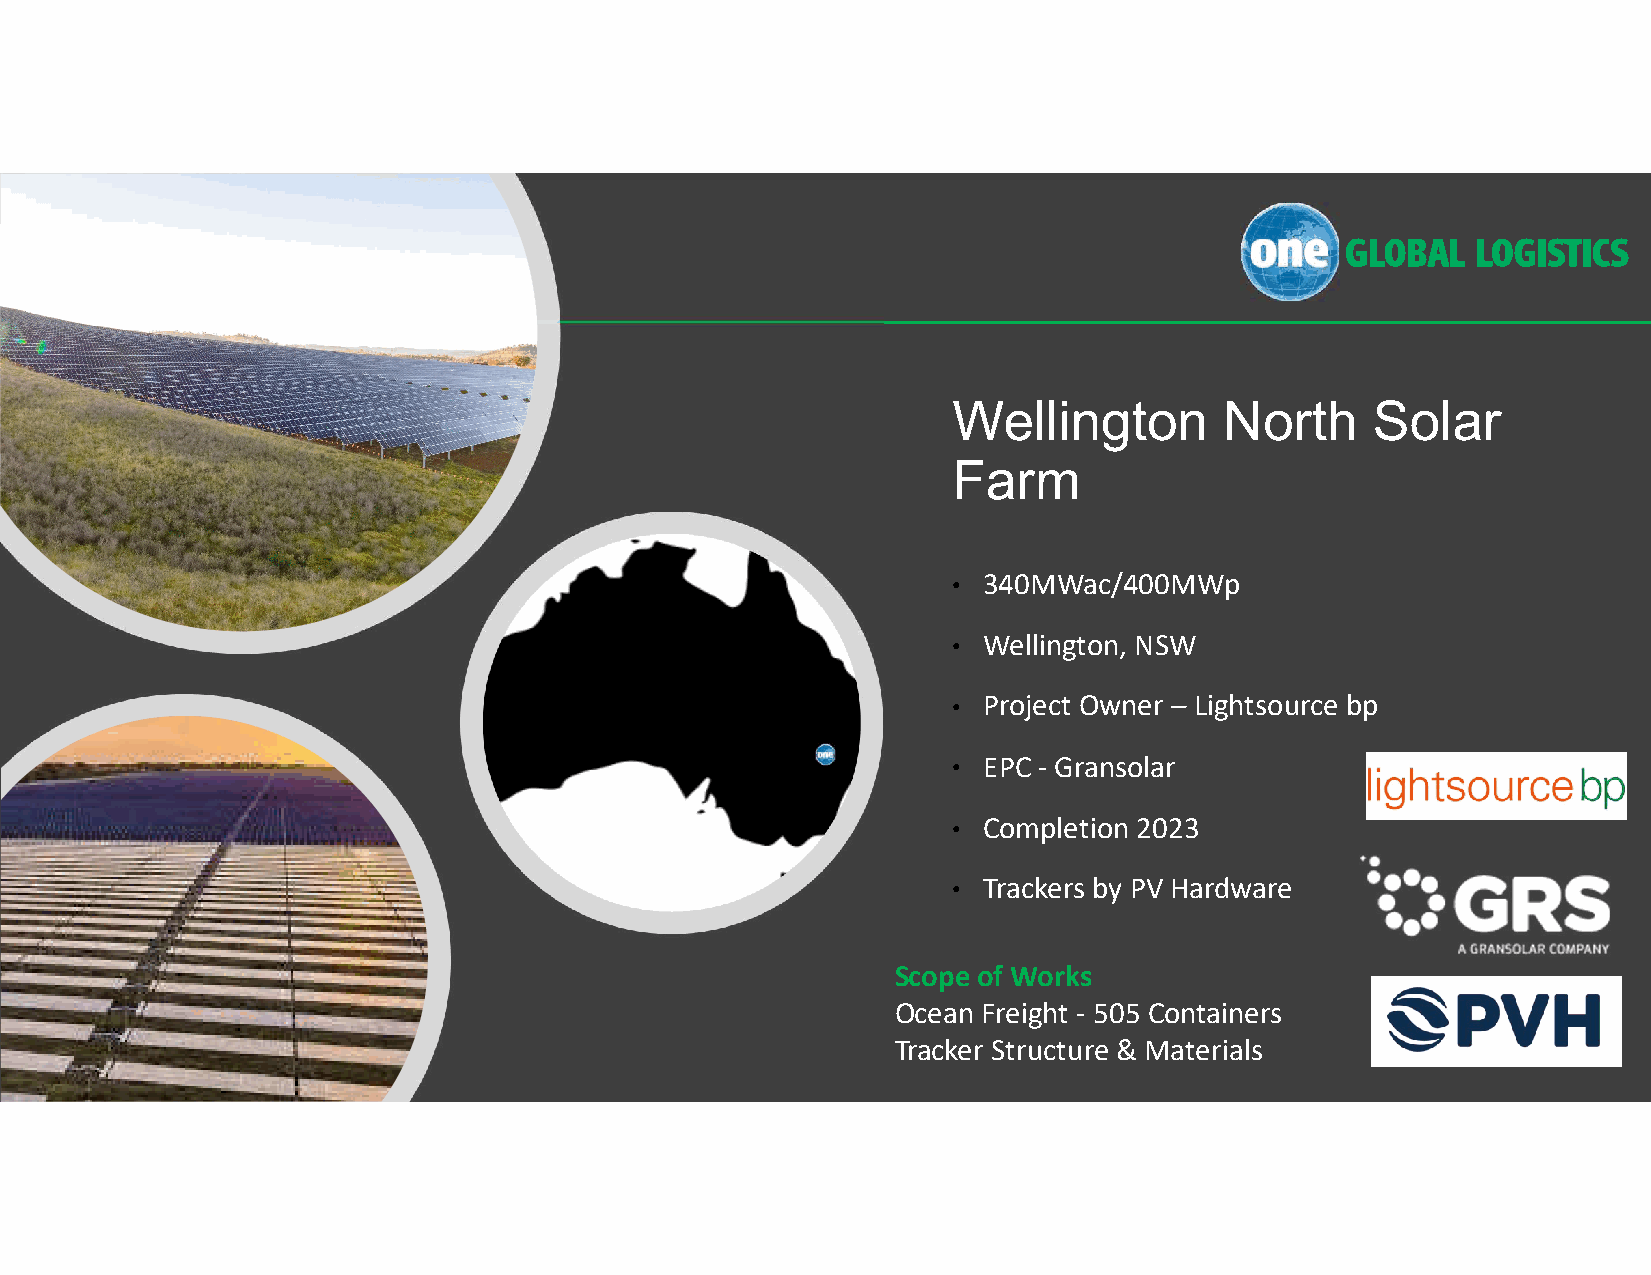
Wellington        North     Solar
 Farm
 • 340MWac/400MWp
 • Wellington, NSW
 • Project Owner – Lightsource bp
 • EPC - Gransolar
 • Completion 2023
 • Trackers by PV Hardware
 Scope of Works
 Ocean Freight - 505 Containers
 Tracker Structure & Materials